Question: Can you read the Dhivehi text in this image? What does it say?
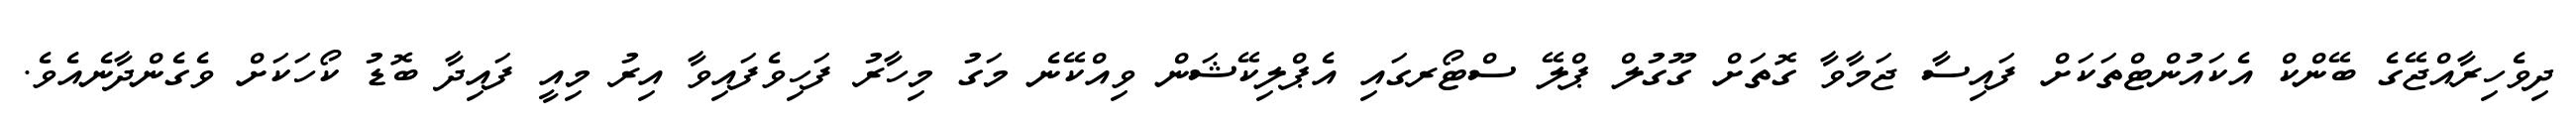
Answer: ދިވެހިރާއްޖޭގެ ބޭންކް އެކައުންޓްތަކަށް ފައިސާ ޖަމާވާ ގޮތަށް ގޫގުލް ޕްލޭ ސްޓޯރގައި އެޕްލިކޭޝަން ވިއްކޭނެ މަގު މިހާރު ފަހިވެފައިވާ އިރު މިއީ ފައިދާ ބޮޑު ކޯހަކަށް ވެގެންދާނެއެވެ.